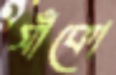
সাঁকো